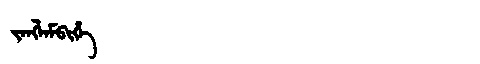
Manchu: ᠵᠠᠩᠯᠠᠮᠪᡳᡥᡝ
Romanization: JANGLAMBIHE